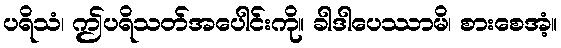
ပရိသံ၊ ဤပရိသတ်အပေါင်းကို။ ခါဒါပေဿာမိ၊ စားစေအံ့။